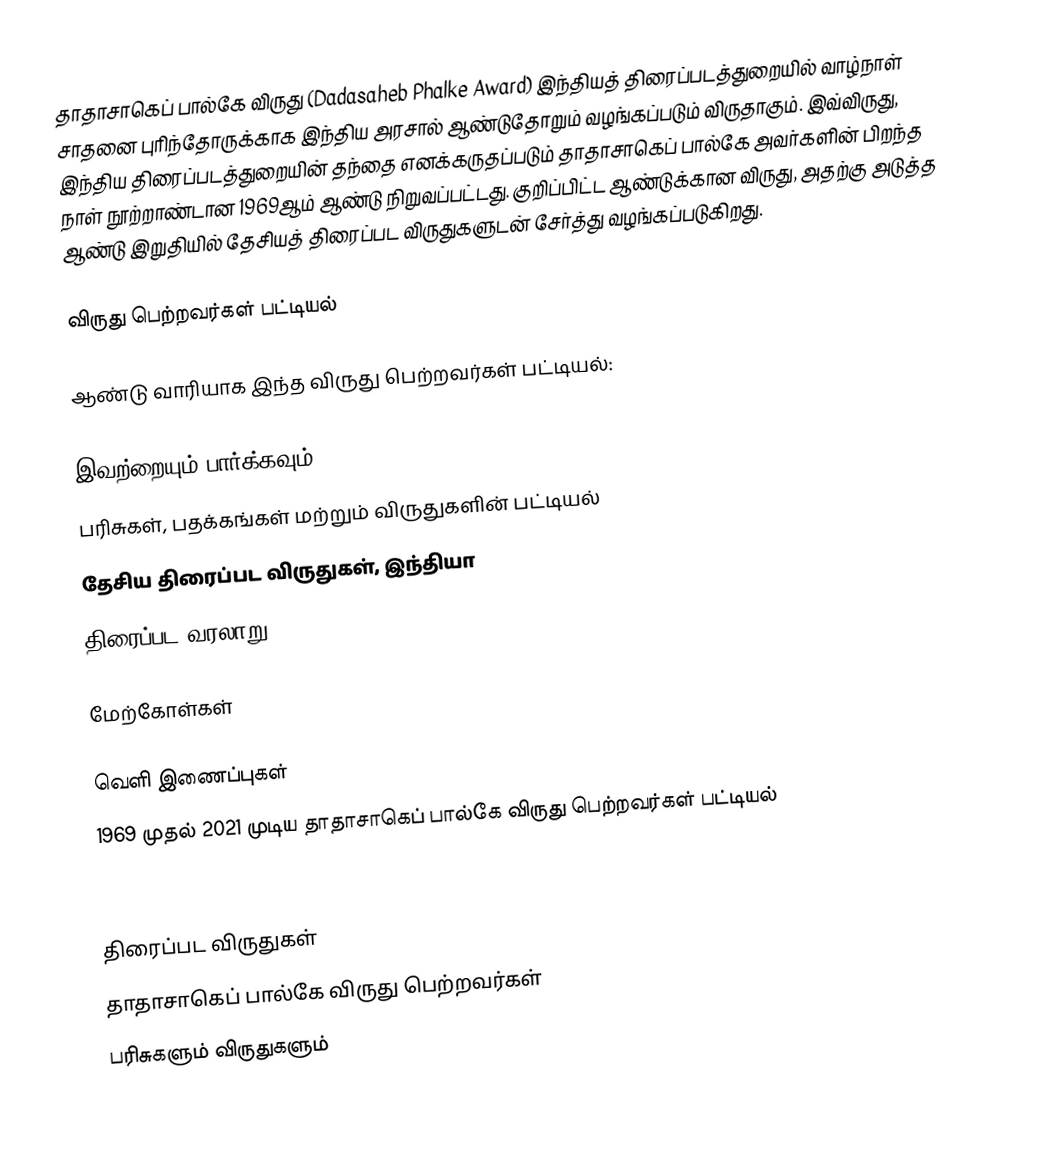
தாதாசாகெப் பால்கே விருது (Dadasaheb Phalke Award) இந்தியத் திரைப்படத்துறையில் வாழ்நாள் சாதனை புரிந்தோருக்காக இந்திய அரசால் ஆண்டுதோறும் வழங்கப்படும் விருதாகும். இவ்விருது, இந்திய திரைப்படத்துறையின் தந்தை எனக்கருதப்படும் தாதாசாகெப் பால்கே அவர்களின் பிறந்த நாள் நூற்றாண்டான 1969ஆம் ஆண்டு நிறுவப்பட்டது. குறிப்பிட்ட ஆண்டுக்கான விருது, அதற்கு அடுத்த ஆண்டு இறுதியில் தேசியத் திரைப்பட விருதுகளுடன் சேர்த்து வழங்கப்படுகிறது.

விருது பெற்றவர்கள் பட்டியல்

ஆண்டு வாரியாக இந்த விருது பெற்றவர்கள் பட்டியல்:

இவற்றையும் பார்க்கவும்
 பரிசுகள், பதக்கங்கள் மற்றும் விருதுகளின் பட்டியல்
 தேசிய திரைப்பட விருதுகள், இந்தியா
 திரைப்பட வரலாறு

மேற்கோள்கள்

வெளி இணைப்புகள்
 1969 முதல் 2021 முடிய தாதாசாகெப் பால்கே விருது பெற்றவர்கள் பட்டியல்

திரைப்பட விருதுகள்
தாதாசாகெப் பால்கே விருது பெற்றவர்கள்
பரிசுகளும் விருதுகளும்